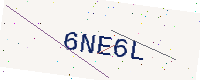
Text: 6NE6L